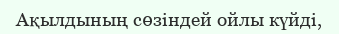
Ақылдының сөзіндей ойлы күйді,